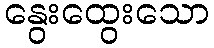
နွေးထွေးသော